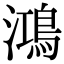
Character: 鴻